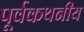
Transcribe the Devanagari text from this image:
पूर्वकथनीय